Indian journal of veterinary science and animal husbandry - Volume 13,
Year: 1943
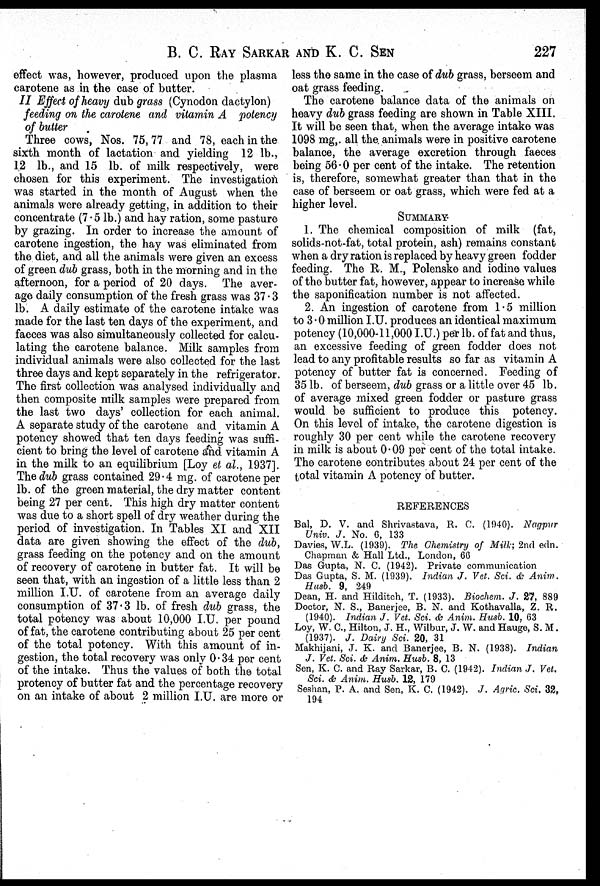
B. C. RAY SARKAR AND K. C. SEN 227
effect was, however, produced upon the plasma
carotene as in the case of butter.
II Effect of heavy dub grass (Cynodon dactylon)
feeding on the carotene and vitamin A potency
of butter
Three cows, Nos. 75, 77 and 78, each in the
sixth month of lactation and yielding 12 lb.,
12 lb., and 15 lb. of milk respectively, were
chosen for this experiment. The investigation
was started in the month of August when the
animals were already getting, in addition to their
concentrate (7.5 lb.) and hay ration, some pasture
by grazing. In order to increase the amount of
carotene ingestion, the hay was eliminated from
the diet, and all the animals were given an excess
of green dub grass, both in the morning and in the
afternoon, for a period of 20 days. The aver-
age daily consumption of the fresh grass was 37.3
lb. A daily estimate of the carotene intake was
made for the last ten days of the experiment, and
faeces was also simultaneously collected for calcu-
lating the carotene balance. Milk samples from
individual animals were also collected for the last
three days and kept separately in the refrigerator.
The first collection was analysed individually and
then composite milk samples were prepared from
the last two days' collection for each animal.
A separate study of the carotene and vitamin A
potency showed that ten days feeding was suffi-
cient to bring the level of carotene and vitamin A
in the milk to an equilibrium [Loy et al., 1937].
The dub grass contained 29.4 mg. of carotene per
lb. of the green material, the dry matter content
being 27 per cent. This high dry matter content
was due to a short spell of dry weather during the
period of investigation. In Tables XI and XII
data are given showing the effect of the dub,
grass feeding on the potency and on the amount
of recovery of carotene in butter fat. It will be
seen that, with an ingestion of a little less than 2
million I.U. of carotene from an average daily
consumption of 37.3 lb. of fresh dub grass, the
total potency was about 10,000 I.U. per pound
of fat, the carotene contributing about 25 per cent
of the total potency. With this amount of in-
gestion, the total recovery was only 0.34 per cent
of the intake. Thus the values of both the total
protency of butter fat and the percentage recovery
on an intake of about 2 million I.U. are more or
less the same in the case of dub grass, berseem and
oat grass feeding.
The carotene balance data of the animals on
heavy dub grass feeding are shown in Table XIII.
It will be seen that, when the average intake was
1098 mg,. all the animals were in positive carotene
balance, the average excretion through faeces
being 56.0 per cent of the intake. The retention
is, therefore, somewhat greater than that in the
case of berseem or oat grass, which were fed at a
higher level.
SUMMARY
1. The chemical composition of milk (fat,
solids-not-fat, total protein, ash) remains constant
when a dry ration is replaced by heavy green fodder
feeding. The R. M., Polenske and iodine values
of the butter fat, however, appear to increase while
the saponification number is not affected.
2. An ingestion of carotene from 1.5 million
to 3.0 million I.U. produces an identical maximum
potency (10,000-11,000 I.U.) per lb. of fat and thus,
an excessive feeding of green fodder does not
lead to any profitable results so far as vitamin A
potency of butter fat is concerned. Feeding of
35 lb. of berseem, dub grass or a little over 45 lb.
of average mixed green fodder or pasture grass
would be sufficient to produce this potency.
On this level of intake, the carotene digestion is
roughly 30 per cent while the carotene recovery
in milk is about 0.09 per cent of the total intake.
The carotene contributes about 24 per cent of the
total vitamin A potency of butter.
REFERENCES
Bal, D. V. and Shrivastava, R. C. (1940). Nagpur
Univ. J. No. 6, 133
Davies, W.L. (1939). The Chemistry of Milk; 2nd edn.
Chapman & Hall Ltd., London, 66
Das Gupta, N. C. (1942). Private communication
Das Gupta, S. M. (1939). Indian J. Vet. Sci. & Anim.
Husb. 9, 249
Dean, H. and Hilditch, T. (1933). Biochem. J. 27, 889
Doctor, N. S., Banerjee, B. N. and Kothavalla, Z. R.
(1940). Indian J. Vet. Sci. & Anim. Husb. 10, 63
Loy, W. C., Hilton, J. H., Wilbur, J. W. and Hauge, S. M.
(1937). J. Dairy Sci. 20, 31
Makhijani, J. K. and Banerjee, B. N. (1938). Indian
J. Vet. Sci. & Anim. Husb. 8, 13
Sen, K. C. and Ray Sarkar, B. C. (1942). Indian J. Vet.
Sci. & Anim. Husb. 12, 179
Seshan, P. A. and Sen, K. C. (1942). J. Agric. Sci. 32,
194